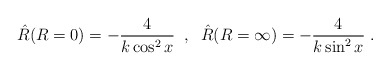
\begin{align*}{\hat R}(R=0)=-{4\over k\cos^2 x}\;\;,\;\;{\hat R}(R=\infty)=-{4\over k\sin^2 x}\; .\end{align*}